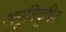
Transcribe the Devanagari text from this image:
अपूतिदूषित